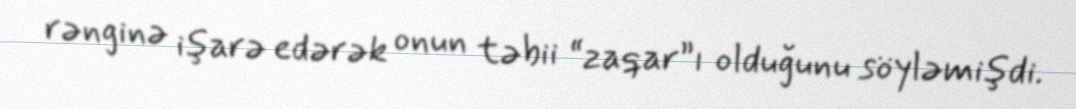
rənginə işarə edərək onun təbii “zaqar”ı olduğunu söyləmişdi.